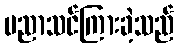
ပညာသင်ကြားခဲ့သည်